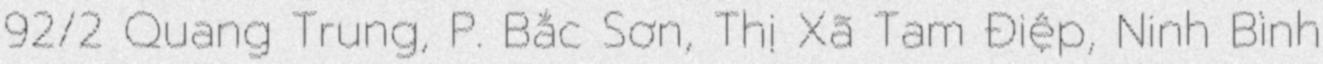
92/2 Quang Trung, P. Bắc Sơn, Thị Xã Tam Điệp, Ninh Bình